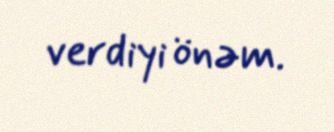
verdiyi önəm.